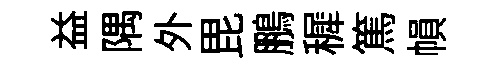
益隅外毘鵬穉篤𢄙